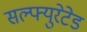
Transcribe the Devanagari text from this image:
सल्फ्युरेटेड